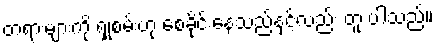
တရားများကို ရှုစမ်းဟု စေခိုင်းနေသည်နှင့်လည်း တူ ပါသည်။